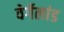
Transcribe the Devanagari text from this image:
वेर्गेलांड